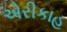
એરીકાહ